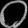
Digit: ၀